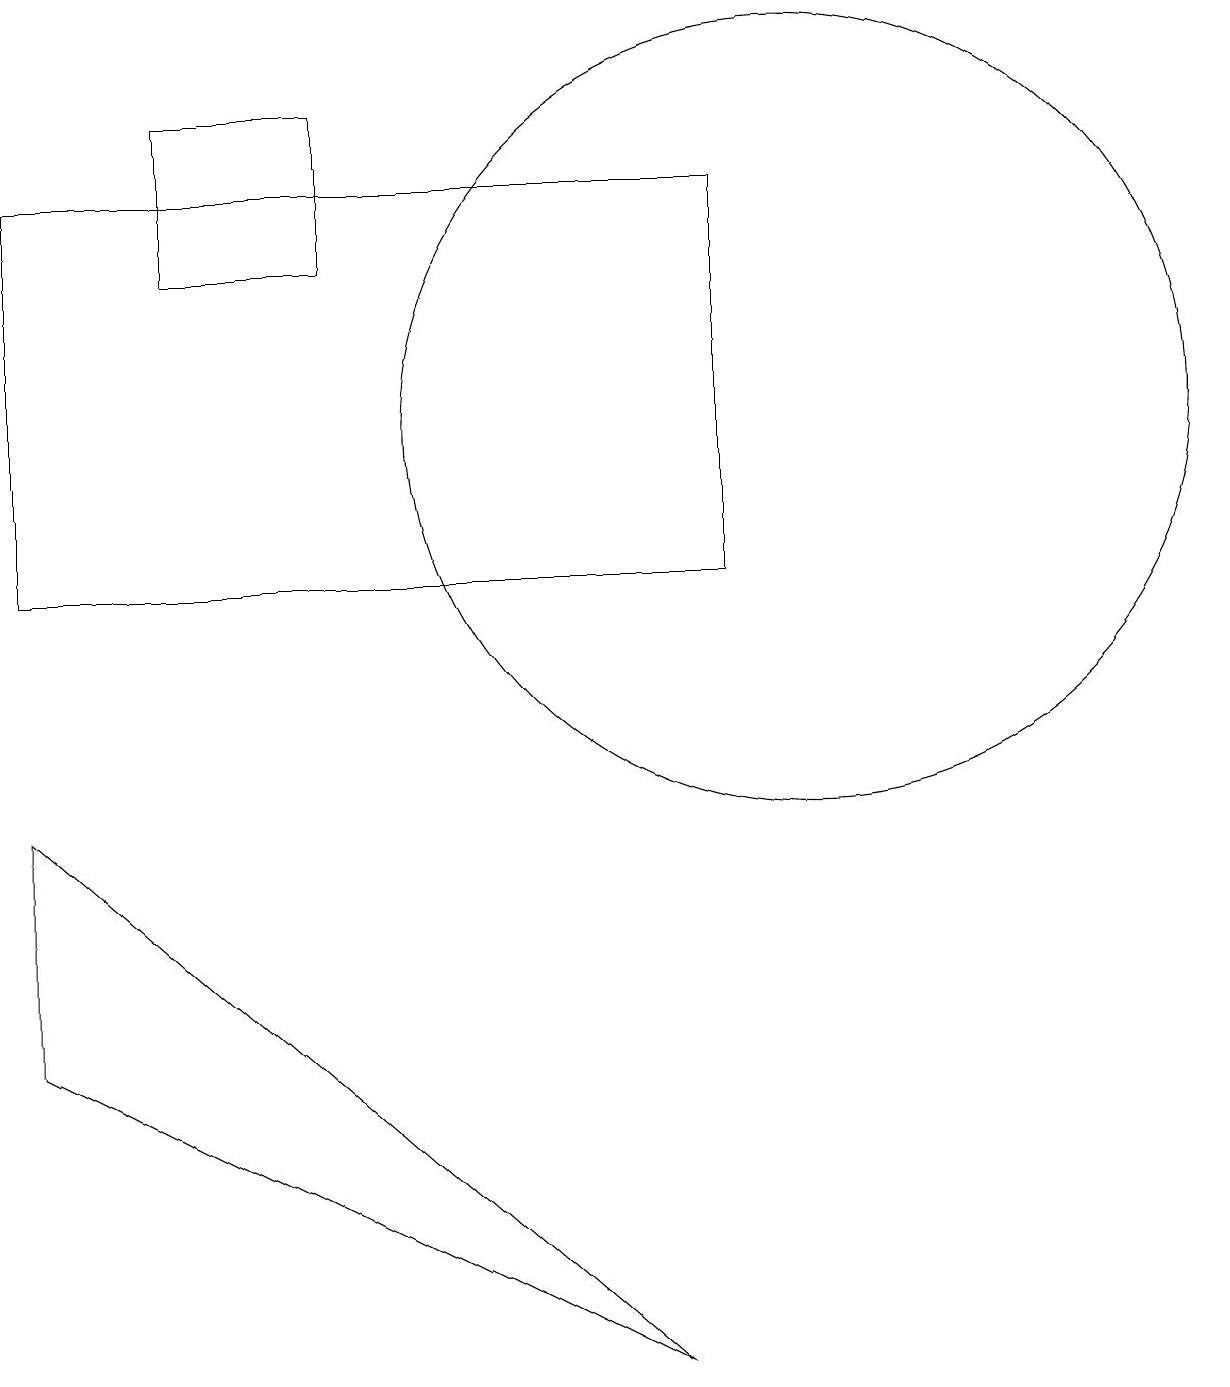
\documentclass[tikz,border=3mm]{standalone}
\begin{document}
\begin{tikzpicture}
\draw (2,14) rectangle (4,16);
\draw (0,4) -- (0,7) -- (8,0) -- cycle;
\draw (10,12) circle (5);
\draw (9,10) rectangle (0,15);
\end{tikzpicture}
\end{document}